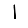
Digit: 1